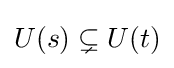
U(s)\subsetneq U(t)